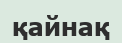
қайнақ